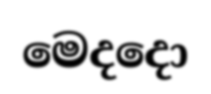
මෙදදො